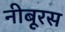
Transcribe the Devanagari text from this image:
नीबूरस